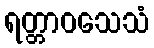
ရတ္တာဝသေသံ